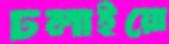
ঢলাইয়ো